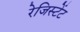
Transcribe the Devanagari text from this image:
रेजिस्टेंट